system: You are a helpful assistant.
user:
Analyze the provided spectrum to determine if it is a **White Dwarf (WD)**.

A White Dwarf spectrum is defined by its **extreme purity** (due to gravitational settling) and/or **extreme pressure broadening** (due to high surface gravity). You must check for one of the following mutually exclusive signatures:

- **Key Visual Indicators (Check for ONE of these types):**

    - **1. DA-Type Signature (Most Common):**
        - **(Primary Feature):** Extreme pressure broadening (Stark broadening) of the **Hydrogen (H) Balmer lines**.
        - **(Key Lines):** $H\beta$ (approx. $4861$ Å) and $H\gamma$ (approx. $4340$ Å). $H\alpha$ (approx. $6563$ Å) will also be present if the wavelength range covers it.
        - **(Line Profile):** This is the **defining feature**. The lines are **NOT** sharp. They appear as massive, **extremely broad and deep "troughs" or "dips"** in the spectrum, often hundreds of Ångströms wide. The continuum will appear to "scoop" down at these wavelengths.
        - **(Distinction):** Normal A-type or B-type stars have *narrow* and *sharp* Hydrogen lines. A DA White Dwarf's lines are unmistakably "smeared" or "blurry" from pressure.

    - **2. DB-Type Signature:**
        - **(Primary Feature):** Broad absorption lines from **Neutral Helium (He I)**. The spectrum must lack any visible Hydrogen lines.
        - **(Key Lines):** Look for broad absorption near $4471$ Å, $4921$ Å, and $5876$ Å.
        - **(Line Profile):** These lines are also significantly pressure-broadened, appearing much wider than they would in a normal B-type main-sequence star.

    - **3. DC-Type Signature:**
        - **(Primary Feature):** A **featureless continuous spectrum**.
        - **(Line Profile):** The spectrum is a smooth curve with **no significant absorption or emission lines**.
        - **(Key Confirmation):** The continuum is almost always **blue or white**, indicating a hot object. This signature implies the atmosphere is so pure (or so cool) that no spectral lines are visible in the optical range. Its WD identity is confirmed by its extremely low intrinsic brightness (high absolute magnitude).

    - **4. DZ-Type Signature (Metal-Polluted):**
        - **(Primary Feature):** **Isolated, narrow metal absorption lines** on an otherwise featureless (DC-like) continuum.
        - **(Key Lines):** The **Calcium (Ca II) H & K doublet** (approx. **$3934$ Å** and **$3968$ Å**) is the most common and defining feature.
        - **(Line Profile):** These lines are "out of place." They are *not* part of a "forest" of thousands of lines. This signature is evidence of recent *accretion* (pollution) from rocky debris.
        - **(Distinction):** Normal G/K/M stars have a *dense forest* of thousands of metal lines. A DZ has a *clean* continuum with *only a few* strong metal lines.

    - **5. DQ-Type Signature (Carbon-Polluted):**
        - **(Primary Feature):** Absorption bands from **Carbon (C₂ "Swan Bands" or atomic C I)**.
        - **(Key Lines - C₂):** Look for bandheads with a "saw-tooth" shape near $5635$ Å, **$5165$ Å** (strongest), and $4737$ Å.
        - **(Key Confirmation):** The underlying **continuum must be blue or white** (hot).
        - **(Distinction):** This is the critical difference from a **Carbon Star**, which has the *exact same* C₂ bands but on an extremely **red, cool** continuum.

- **(Overall Spectrum):**
    - The continuum (overall shape) is typically **blue-sloping** (brighter in the blue than the red), as most white dwarfs are very hot.
    - The spectrum will look "pure" or "simple," dominated by only *one* of the five signatures listed above.

Think first, call **spectral_visualization_tool** if needed to examine features in detail, then provide your final answer. Your response must adhere to the following strict rules:
1.  **Overall Structure:** Your response must follow the format `<think>...</think> <tool_call>...</tool_call> (if a tool is used) <answer>...</answer>`.
2.  **Tool Usage Constraint:** You may only make **one** tool call per turn.
3.  **Final Answer Format:** In the `<answer>` tag, your conclusion must be inside a `\boxed{}` command (e.g., `\boxed{YES}` or `\boxed{NO}`), followed by your justification.

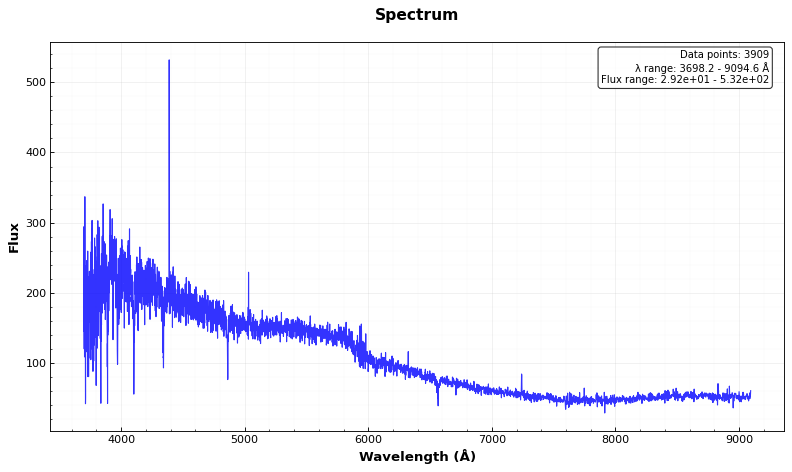
Answer: NO